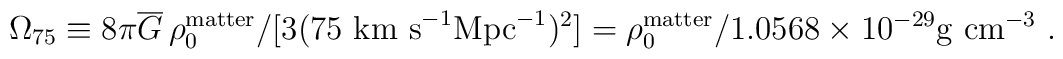
\Omega_{75} \equiv 8\pi \overline{G}\, \rho^{\rm matter}_0 /[3 (75\ \hbox{km s}^{-1}\hbox{Mpc}^{-1})^2] = \rho^{\rm matter}_0 / 1.0568 \times 10^{-29} \hbox{g cm}^{-3} \ .